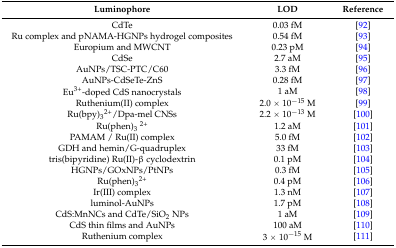
| Luminophore | LOD | Reference |
 | --- | --- | --- |
 | CdTe | 0.03 fM | [92] |
 | Ru complex and pNAMA-HGNPs hydrogel composites | 0.54 fM | [93] |
 | Europium and MWCNT | 0.23 pM | [94] |
 | CdSe | 2.7 aM | [95] |
 | AuNPs/TSC-PTC/C60 | 3.3 fM | [96] |
 | AuNPs-CdSeTe-ZnS | 0.28 fM | [97] |
 | Eu3+-doped CdS nanocrystals | 1 aM | [98] |
 | Ruthenium(II) complex | 2.0 × 10−15 M | [99] |
 | Ru(bpy)32+/Dpa-mel CNSs | 2.2 × 10−13 M | [100] |
 | Ru(phen)32+ | 1.2 aM | [101] |
 | PAMAM / Ru(II) complex | 5.0 fM | [102] |
 | GDH and hemin/G-quadruplex | 33 fM | [103] |
 | tris(bipyridine) Ru(II)-β cyclodextrin | 0.1 pM | [104] |
 | HGNPs/GOxNPs/PtNPs | 0.3 fM | [105] |
 | Ru(phen)32+ | 0.4 pM | [106] |
 | Ir(III) complex | 1.3 nM | [107] |
 | luminol-AuNPs | 1.7 pM | [108] |
 | CdS:MnNCs and CdTe/SiO2 NPs | 1 aM | [109] |
 | CdS thin films and AuNPs | 100 aM | [110] |
 | Ruthenium complex | 3 × 10−15 M | [111] |